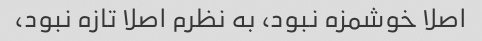
اصلا خوشمزه نبود، به نظرم اصلا تازه نبود،